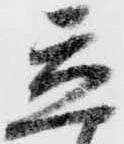
立